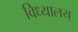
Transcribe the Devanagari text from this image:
विध्यालय्